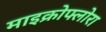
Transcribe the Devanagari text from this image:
माइक्रोफ्लोरा